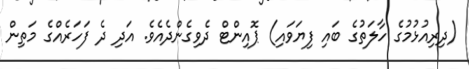
(ދިރިއުޅުމުގެ ހާލަތުގެ ބައި ފިޔަވައި) ޕޮއިންޓް ދެވިގެންދެއެވެ. އަދި ދެ ފަހަރެއްގެ މަތިން